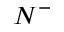
N ^ { - }